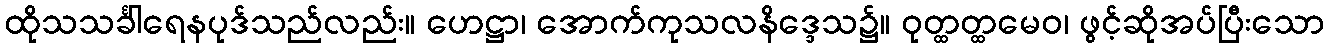
ထိုသသင်္ခါရေနပုဒ်သည်လည်း။ ဟေဋ္ဌာ၊ အောက်ကုသလနိဒ္ဒေသ၌။ ဝုတ္ထတ္ထမေဝ၊ ဖွင့်ဆိုအပ်ပြီးသော